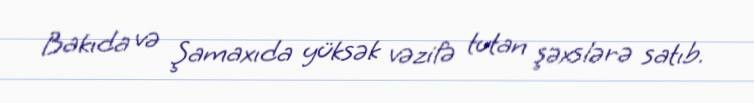
Bakıda və Şamaxıda yüksək vəzifə tutan şəxslərə satıb.